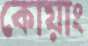
কোয়াং